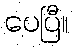
ပေပြီ။